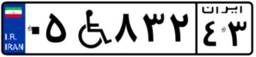
۰۵W۸۳۲۴۳